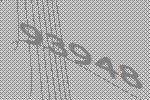
93948